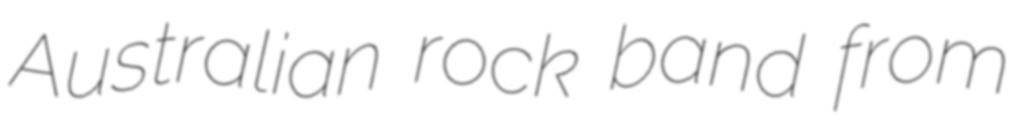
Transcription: Australian rock band from